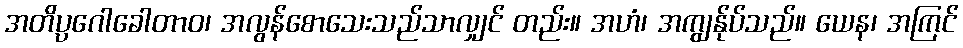
အတိပ္ပဂေါခေါတာဝ၊ အလွန်စောသေးသည်သာလျှင် တည်း။ အဟံ၊ အကျွန်ုပ်သည်။ ယေန၊ အကြင်